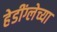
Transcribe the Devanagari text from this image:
हेडींग्लेच्या